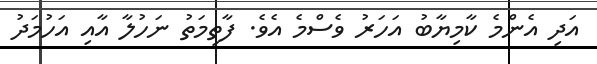
އަދި އެންމެ ކާމިޔާބު އަހަރު ވެސްމެ އެވެ. ފާތިމަތު ނަހުލާ އާއި އަހުމަދު